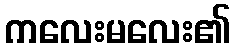
ကလေးမလေး၏